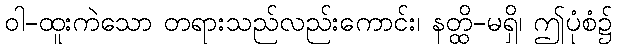
ဝါ-ထူးကဲသော တရားသည်လည်းကောင်း၊ နတ္ထိ-မရှိ၊ ဤပုံစံ၌